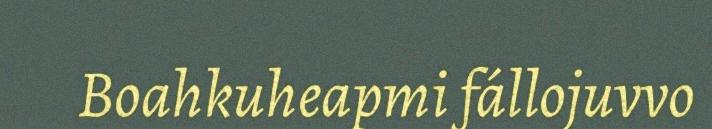
Boahkuheapmi fállojuvvo